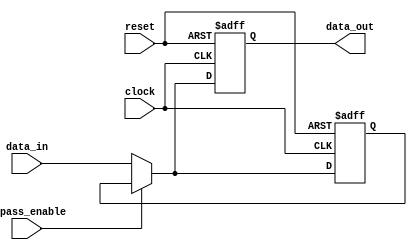
module timing_control_and_sync_block (
    input [7:0] data_in,
    input bypass_enable,
    input clock,
    input reset,
    output reg [7:0] data_out
);

reg [7:0] bypass_data;

always @ (posedge clock or posedge reset) begin
    if (reset) begin
        data_out <= 8'b0;
        bypass_data <= 8'b0;
    end else begin
        if (bypass_enable) begin
            data_out <= bypass_data;
        end else begin
            data_out <= data_in;
            bypass_data <= data_in;
        end
    end
end

endmodule